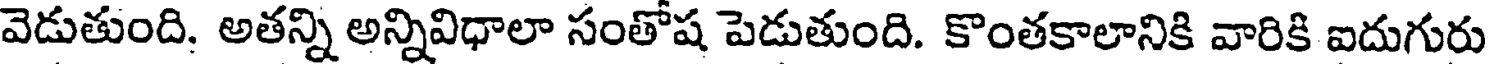
వెడుతుంది. అతన్ని అన్నివిధాలా సంతోష పెడుతుంది. కొంతకాలానికి వారికి ఐదుగురు